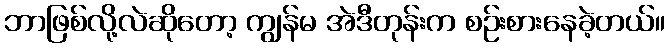
ဘာဖြစ်လို့လဲဆိုတော့ ကျွန်မ အဲဒီတုန်းက စဉ်းစားနေခဲ့တယ်။